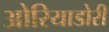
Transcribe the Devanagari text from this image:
ओरियाडोरी